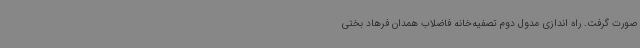
صورت گرفت. راه اندازی مدول دوم تصفیه‌خانه فاضلاب همدان فرهاد بختی